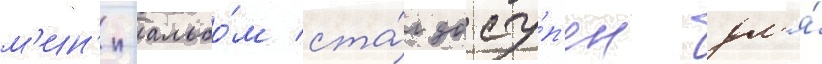
м'ин'и-альбо́м ста́л досту́п'ен дл'я́